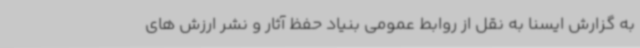
به گزارش ایسنا به نقل از روابط عمومی بنیاد حفظ آثار و نشر ارزش های